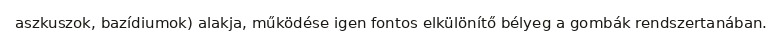
aszkuszok, bazídiumok) alakja, működése igen fontos elkülönítő bélyeg a gombák rendszertanában.